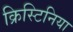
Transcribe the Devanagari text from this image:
क्रिस्टिनिया